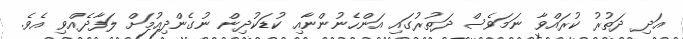
އަދި ދަތުރު ކުރައްވާ ނަމަވެސް ދަތުރުގައި އަންހެނުންނާއި ކުޑަކުދިން ނުގެންދިއުމަށް ލަފާދެއްވި އެވެ.